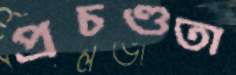
প্রচণ্ডতা